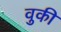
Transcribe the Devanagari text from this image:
वुकी